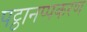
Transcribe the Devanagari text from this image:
पट्ठानप्पकरण